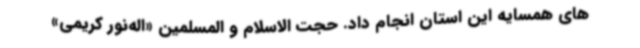
های همسایه این استان انجام داد. حجت الاسلام و المسلمین «اله‌نور کریمی»